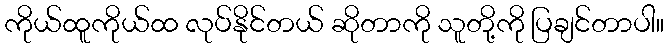
ကိုယ်ထူကိုယ်ထ လုပ်နိုင်တယ် ဆိုတာကို သူတို့ကို ပြချင်တာပါ။